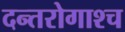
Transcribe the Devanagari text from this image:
दन्तरोगाश्च